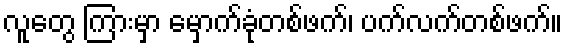
လူတွေ ကြားမှာ မှောက်ခုံတစ်ဖက်၊ ပက်လက်တစ်ဖက်။